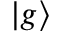
| g \rangle